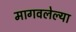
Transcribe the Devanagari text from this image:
मागवलेल्या